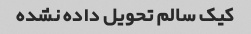
کیک سالم تحویل داده نشده